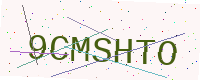
Text: 9CMSHTO